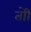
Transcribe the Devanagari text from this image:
तोी